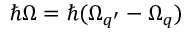
\hbar \Omega = \hbar ( \Omega _ { q ^ { \prime } } - \Omega _ { q } )